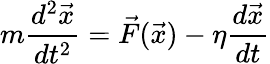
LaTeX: m\frac{d^{2}\vec{x}}{dt^{2}}=\vec{F}(\vec{x})-\eta\frac{d\vec{x}}{dt}